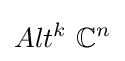
Alt^{k}\ {\mathbb {C} }^{n}